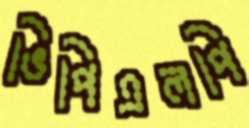
ভিপিএলপি